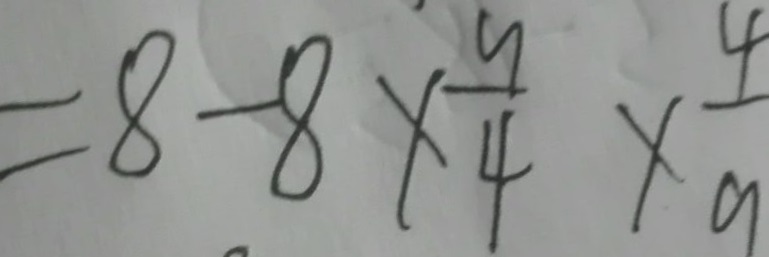
= 8 - 8 \times \frac { 9 } { 4 } \times \frac { 4 } { 9 }